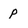
Character: p